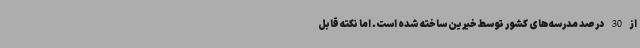
از 30 درصد مدرسه‌های کشور توسط خیرین ساخته شده است. اما نکته قابل